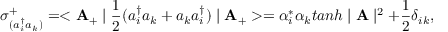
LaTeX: \sigma _ { ( a _ { i } ^ { \dag } a _ { k } ) } ^ { + } = < { \bf A } _ { + } \mid \frac { 1 } { 2 } ( a _ { i } ^ { \dag } a _ { k } + a _ { k } a _ { i } ^ { \dag } ) \mid { \bf A _ { + } } > = \alpha _ { i } ^ { * } \alpha _ { k } t a n h \mid { \bf A } \mid ^ { 2 } + \frac { 1 } { 2 } \delta _ { i k } , \nonumber \,